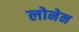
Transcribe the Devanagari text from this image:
लोनेन